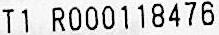
T1 R000118476